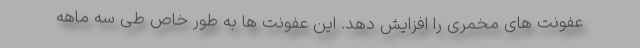
عفونت های مخمری را افزایش دهد. این عفونت ها به طور خاص طی سه ماهه